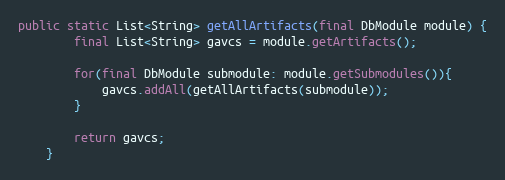
Language: Java
public static List<String> getAllArtifacts(final DbModule module) {
        final List<String> gavcs = module.getArtifacts();

        for(final DbModule submodule: module.getSubmodules()){
            gavcs.addAll(getAllArtifacts(submodule));
        }

        return gavcs;
    }